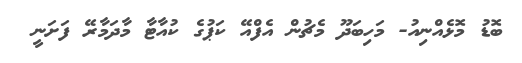
ބޮޑު މޮޅެއްނިއު- މަހިބަދޫ މެޗުން އެފްއޭ ކަޕުގެ ކުއާޓާ މާދަމާރޭ ފަށަނީ